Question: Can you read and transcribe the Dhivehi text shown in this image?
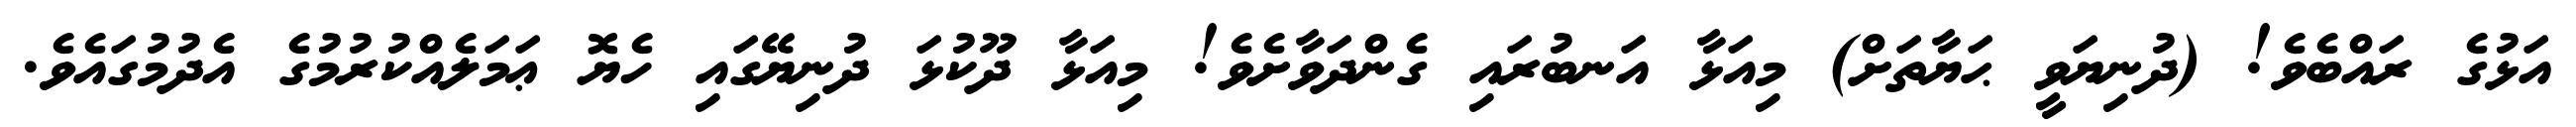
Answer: އަޅުގެ ރައްބެވެ! (ދުނިޔަވީ ޙަޔާތަށް) މިއަޅާ އަނބުރައި ގެންދަވާށެވެ! މިއަޅާ ދޫކުޅަ ދުނިޔޭގައި ހެޔޮ ޢަމަލެއްކުރުމުގެ އެދުމުގައެވެ.